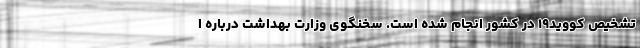
تشخیص کووید۱۹ در کشور انجام شده است. سخنگوی وزارت بهداشت درباره ا